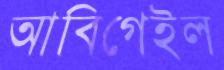
আবিগেইল